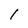
Character: l